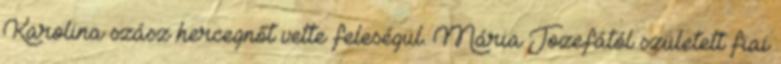
Karolina szász hercegnőt vette feleségül. Mária Jozefától született fiai